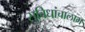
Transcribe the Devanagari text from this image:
सुविधांचालाभ